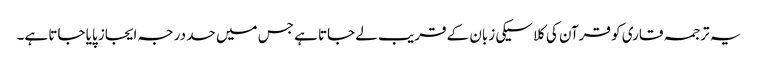
یہ ترجمہ قاری کو قرآن کی کلاسیکی زبان کے قریب لے جاتا ہے جس میں حد درجہ ایجاز پایا جاتا ہے۔